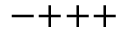
{ - } { + } { + } { + }